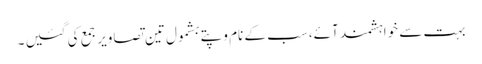
بہت سے خواہشمند آئے، سب کے نام و پتے بشمول تین تصاویر جمع کی گئیں ۔